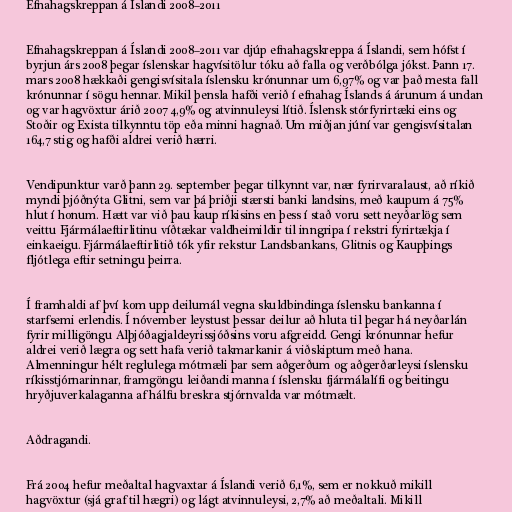
Efnahagskreppan á Íslandi 2008–2011

Efnahagskreppan á Íslandi 2008–2011 var djúp efnahagskreppa á Íslandi, sem hófst í
byrjun árs 2008 þegar íslenskar hagvísitölur tóku að falla og verðbólga jókst. Þann 17.
mars 2008 hækkaði gengisvísitala íslensku krónunnar um 6,97% og var það mesta fall
krónunnar í sögu hennar. Mikil þensla hafði verið í efnahag Íslands á árunum á undan
og var hagvöxtur árið 2007 4,9% og atvinnuleysi lítið. Íslensk stórfyrirtæki eins og
Stoðir og Exista tilkynntu töp eða minni hagnað. Um miðjan júní var gengisvísitalan
164,7 stig og hafði aldrei verið hærri.

Vendipunktur varð þann 29. september þegar tilkynnt var, nær fyrirvaralaust, að ríkið
myndi þjóðnýta Glitni, sem var þá þriðji stærsti banki landsins, með kaupum á 75%
hlut í honum. Hætt var við þau kaup ríkisins en þess í stað voru sett neyðarlög sem
veittu Fjármálaeftirlitinu víðtækar valdheimildir til inngripa í rekstri fyrirtækja í
einkaeigu. Fjármálaeftirlitið tók yfir rekstur Landsbankans, Glitnis og Kaupþings
fljótlega eftir setningu þeirra.

Í framhaldi af því kom upp deilumál vegna skuldbindinga íslensku bankanna í
starfsemi erlendis. Í nóvember leystust þessar deilur að hluta til þegar há neyðarlán
fyrir milligöngu Alþjóðagjaldeyrissjóðsins voru afgreidd. Gengi krónunnar hefur
aldrei verið lægra og sett hafa verið takmarkanir á viðskiptum með hana.
Almenningur hélt reglulega mótmæli þar sem aðgerðum og aðgerðarleysi íslensku
ríkisstjórnarinnar, framgöngu leiðandi manna í íslensku fjármálalífi og beitingu
hryðjuverkalaganna af hálfu breskra stjórnvalda var mótmælt.

Aðdragandi.

Frá 2004 hefur meðaltal hagvaxtar á Íslandi verið 6,1%, sem er nokkuð mikill
hagvöxtur (sjá graf til hægri) og lágt atvinnuleysi, 2,7% að meðaltali. Mikill